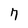
Character: 7